Lunatic asylums in Bengal annual reports 1888-1898 - 1888-1898
Year: 1888
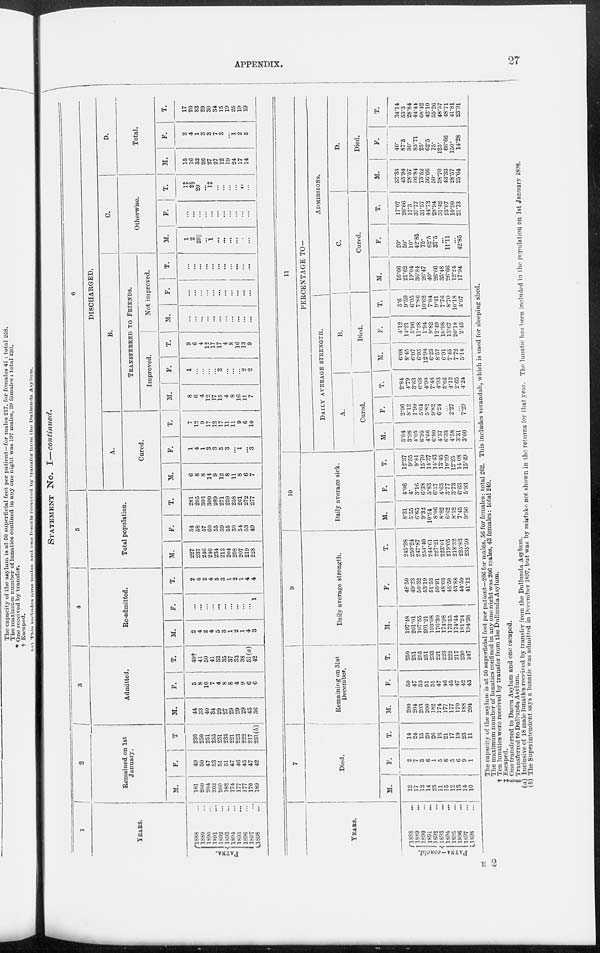
APPENDIX.
27
STATEMENT NO. I—continued.
1
YEARS.
PATNA.
1888 ...
1889 ...
1S90 ...
1891 ...
1892 ...
1893 ...
1894 ...
1895 ...
1896 ...
1897 ...
1898
...
2
Remained on 1st
January.
M.
181
200
204
202
200
182
174
177
177
170
189
F.
49
50
47
53
51
51
47
46
45
47
42
T
230
250
251
255
251
233
221
223
222
217
231(b)
3
Admitted.
M.
44
33
40
34
29
27
29
29
29
45
36
F.
5
8
10
7
4
8
8
4
9
6
6
T.
49†
41
50
41
33
35
37
33
38
51(a)
42
4
Re-admitted.
M.
2
4
2
4
5
3
1
2
1
4
3
F.
...
...
...
...
...
...
...
...
...
...
1
T.
2
4
2
4
5
3
1
2
1
4
4
5
Total population.
M.
227
237
246
240
234
212
204
208
207
219
228
F.
54
58
57
60
55
59
55
50
54
53
49
T.
281
295
303
300
289
271
259
258
261
272
277
6
DISCHARGED.
A.
Cured.
M.
6
8
8
14
9
12
8
11
8
6
7
F.
1
4
1
3
3
5
3
...
1
...
3
T.
7
12
9
17
12
17
11
11
9
6
10
B.
TRANSFERRED TO FRIENDS.
Improved.
M.
8
6
4
12
17
15
4
8
16
11
7
F.
1
...
...
...
...
2
...
...
...
2
2
T.
9
6
4
12
17
17
4
8
16
13
9
Not improved.
M.
...
...
...
...
...
...
...
... ...
...
...
F.
...
...
...
...
...
...
...
...
...
...
...
T.
...
...
...
...
...
...
...
...
...
... ...
C.
Otherwise.
M.
1
2
20||
...
1
...
...
...
...
...
...
F.
...
...
...
...
...
...
...
...
...
...
...
T.
1‡
2§
20
...
1‡
...
...
...
...
...
...
D.
Total.
M.
15
16
32
26
27
27
12
19
24
17
14
F.
2
4
1
3
3
7
3
...
1
2
5
T.
17
20
33
29
30
34
15
19
25
19
19
YEARS.
PATNA-concld.
1888
...
1889
...
1890
...
1891
...
1892
1893
...
l894
...
1895
...
1896
...
1897
...
1898
...
7
Died.
M.
12
17
12
14
25
11
15
12
13
14
10
F.
2
7
3
6
1
5
6
5
6
9
1
T.
14
24
15
20
26
16
21
17
19
23
11
8
Remaining on 31st
December.
M.
200
204
203
200
182
174
177
177
170
188
204
F.
50
47
53
51
51
47
46
45
47
42
43
T.
250
251
255
251
233
221
223
222
217
230
247
9
Daily average strength.
M.
197.48
201.01
197.55
201.21
103.08
176.30
174.98
173.55
174.44
181.24
194.38
F.
48.50
49.23
50.32
53.19
51.53
50.91
48.03
45.50
43.88
44.59
41.12
T.
245.98
250.24
247.87
254.40
244.61
227.21
223.01
219.05
218.32
225.83
235.50
10
Daily average sick.
M.
8.31
5.55
6.65
9.32
10.54
8.06
8.82
6.62
8.52
7.45
9.56
F.
4.06
4.
3.16
6.38
3.83
6.37
4.63
3.77
3.73
6.63
5.93
T.
12.37
9.55
9.81
15.70
14.37
14.43
13.45
10.39
12.25
14 08
15.49
11
PERCENTAGE TO—
DAILY AVERAGE STRENGTH.
A.
Cured.
M.
3.04
3.98
4.05
6.95
4.66
6.80
4.57
6.33
4.58
3.31
3.60
F.
2.06
8.12
1.99
5.64
5.82
9.82
6.24
...
2.27
...
7.29
T.
2.84
4.79
3.63
6.68
4.90
7.48
4.93
5.02
4.12
2.65
4.24
B.
Died.
M.
6.08
8.45
6.07
6.95
12.94
6.23
8.57
6.91
7.45
7.72
5.14
F.
4.12
14.21
5.96
11.28
1.94
9.82
12.49
10.98
13.67
20.18
2.43
T.
5.6
9.59
6.05
7.86
10.62
7.04
9.41
7.76
8.70
10.18
4.67
ADMISSIONS.
C.
Cured.
M.
16.66
21.62
19.04
36.84
20.47
40.
26.66
35.48
26.66
12.24
17.94
F.
20.
50.
10.
42.85
75.
62.5
37.5
...
11.11
...
42.85
T.
17.07
20.66
17.3
37.77
31.57
44.73
28.94
31.42
23.07
10.90
21.73
D.
Died.
M.
33.33
45.94
28.57
36.84
73.52
36.66
50.
38.70
43.33
28.57
25.64
F.
40.
87.5
30.
85.71
25.
62.5
75.
125.
66.66
150.
14.28
T.
34.14
53.3
28.84
44.44
68.42
42.10
55.26
48.57
48.71
41.81
23.91
The capacity of the asylum is at 50 superficial feet per patient—206 for males, 56 for females: total 262. This includes verandah, which is used for sleeping shed.
The maximum number of lunatics confined in any one night was 206 males, 43 females: total 249.
† Ten lunatics were received by transfer from the Dullunda Asylum.
‡ Escaped.
§ One transferred to Dacca Asylum and one escaped.
|| Transferred to Dullunda Asylum.
(a) Inclusive of 18 male lunatics received by transfer from the Dullunda Asylum.
(b) The Superintendent says a lunatic was admitted in December 1897, but was by mistake not shown in the returns for that year. The lunatic has been included in the population on 1st January 1898.
E 2